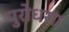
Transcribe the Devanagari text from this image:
पुरोधसा